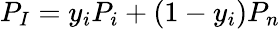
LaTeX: P_{I}=y_{i}P_{i}+(1-y_{i})P_{n}